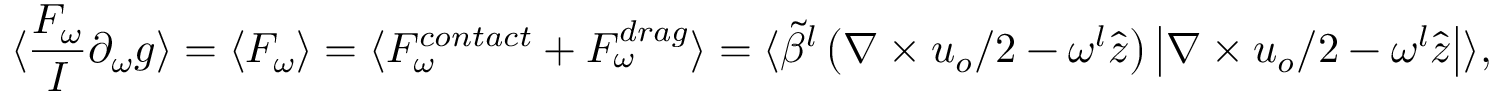
\langle \frac { F _ { \omega } } { I } \partial _ { \omega } g \rangle = \langle F _ { \omega } \rangle = \langle F _ { \omega } ^ { c o n t a c t } + F _ { \omega } ^ { d r a g } \rangle = \langle \widetilde { \beta } ^ { l } \left( \nabla \times \boldsymbol { u } _ { o } / 2 - \omega ^ { l } \hat { \boldsymbol { z } } \right) \left| \nabla \times \boldsymbol { u } _ { o } / 2 - \omega ^ { l } \hat { \boldsymbol { z } } \right| \rangle ,